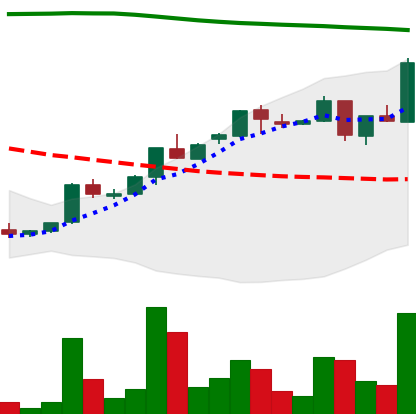
Ticker: ADA-USD
Chart end date: 2018-04-28
Forward return: 3.307%
Label: up_3_5